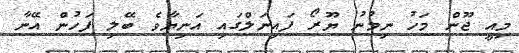
މިއީ ޖޫން މަހު ނިމުނު ޔޫރޯ ފައިނަލްގައި އަނިޔާވެ ބޭލި ފަހުން އޭނާ